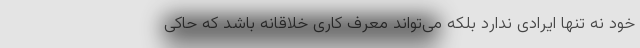
خود نه تنها ایرادی ندارد بلکه می‌تواند معرف کاری خلاقانه باشد که حاکی